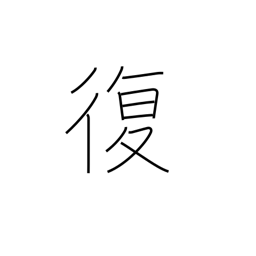
Meaning: revert